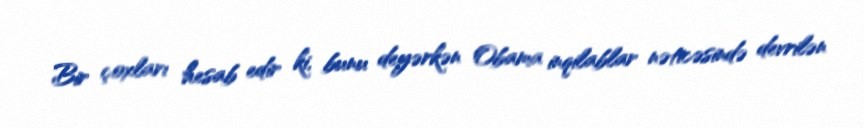
Bir çoxları hesab edir ki, bunu deyərkən Obama inqilablar nəticəsində devrilən